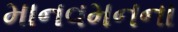
માનવમનના